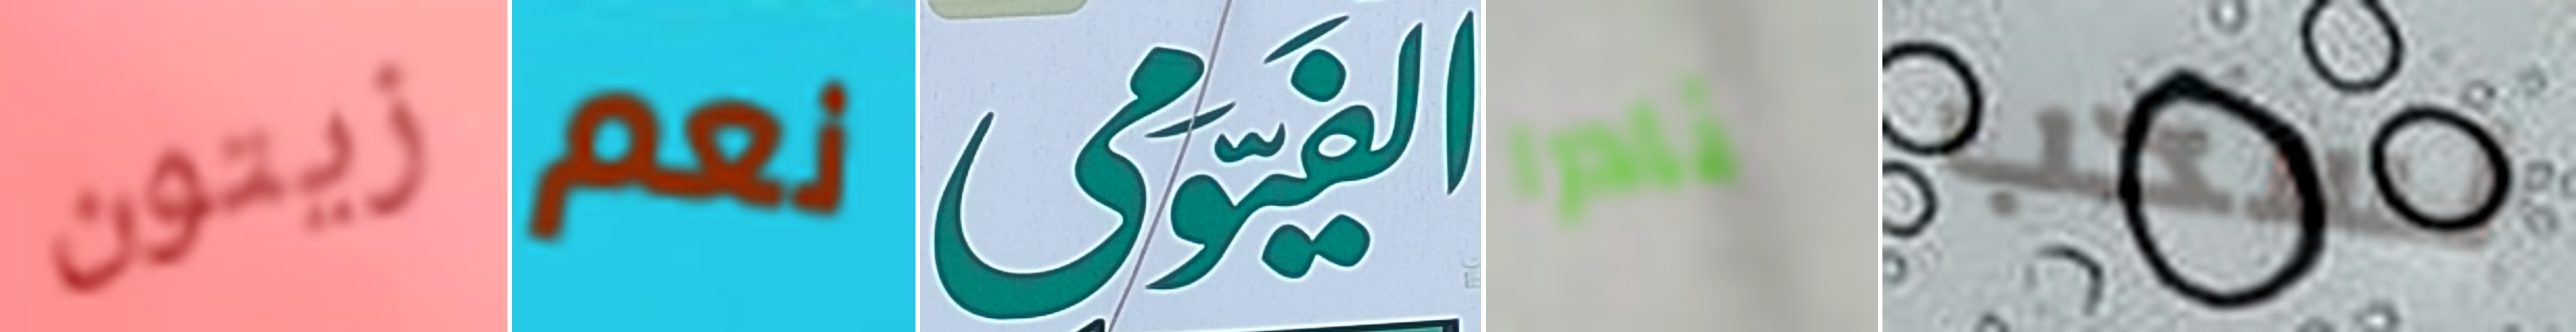
زيتون نعم الفيومى نادرا لسحب